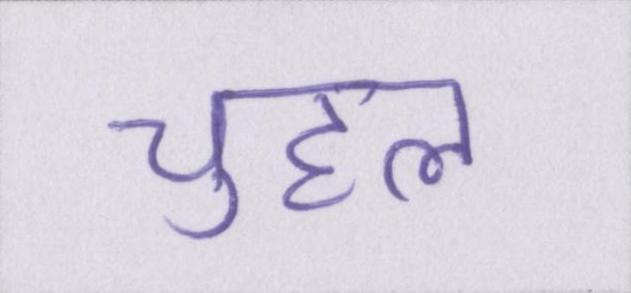
चुहल